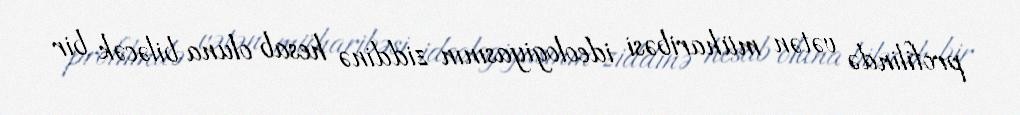
profilində vətən müharibəsi ideologiyasının ziddinə hesab oluna biləcək bir